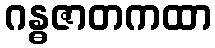
ဂန္ဓဇာတကထာ